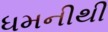
ધમનીથી